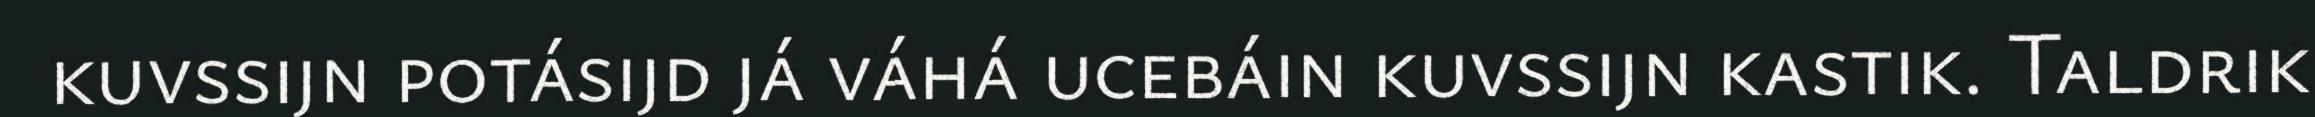
kuvssijn potásijd já váhá ucebáin kuvssijn kastik. Taldrik